Lunatic asylums Bombay report 1891-1903 - 1891-1903
Year: 1891
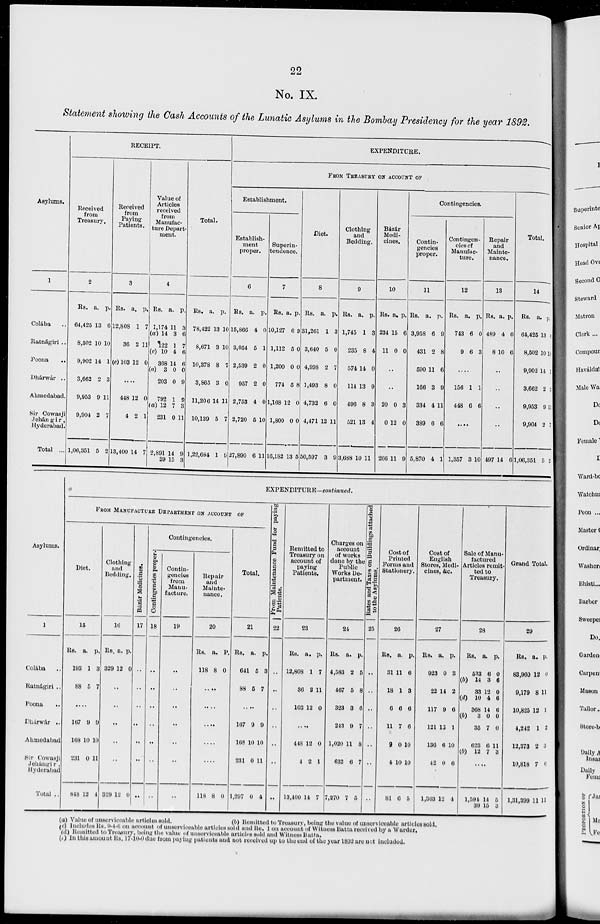
22
No. IX.
Statement showing the Cash Accounts of the Lunatic Asylums in the Bombay Presidency for the year 1892.
Asylums.
1
Colába ..
Ratnágiri ..
Poona
..
Dhárwár ..
Abmedabad.
Sir Cowasji
Jehángir,
Hyderabad.
Total ...
RECEIPT.
Received
from
Treasury.
2
Rs.
64,425
8,502
9,902
3,662
9,953
9,904
1,06,351
a.
13
10
14
2
9
2
5
p.
6
10
1
3
11
7
2
Received
from
Paying
Patients.
3
Rs.
12,808
36
(e) 103
a.
1
2
12
p.
7
11
0
....
448
4
13,400
12
2
14
0
1
7
Value of
Articles
received
from
Manufac-
ture Depart-
ment.
4
Rs.
1,174
(a) 14
122
(c) 10
368
(a) 3
203
792
(a) 12
231
2,891
39
a.
11
3
1
4
14
0
0
1
7
0
14
15
p.
3
6
7
6
6
0
9
9
3
11
9
3
Total.
Rs.
78,422
8,671
10,378
3,865
11,206
10,139
1,22,684
a.
13
3
8
3
14
5
1
p.
10
10
7
0
11
7
9
EXPENDITURE.
FROM TREASURY ON ACCOUNT OF
Establishment.
Establish-
ment
proper.
6
Rs.
15,866
3,054
2,539
957
2,753
2,720
27,890
a.
4
5
2
2
4
5
6
p.
0
1
0
0
0
10
11
Superin-
tendence.
7
Rs.
10,127
1,112
1,200
774
1,168
1,800
16,182
a.
6
5
0
5
12
0
13
p.
9
0
0
8
0
0
5
Diet.
8
Rs.
31,261
3,640
4,998
1,493
4,732
4,471
50,597
a.
1
5
2
8
6
12
3
p.
3
0
7
0
0
11
9
Clothing
and
Bedding.
9
Rs.
1,745
235
574
114
496
521
3,688
a.
1
8
14
13
8
13
10
p.
3
4
0
9
3
4
11
Bázár
Medi-
cines.
10
Rs.
234
11
a.
15
0
p.
6
0
..
..
20
0
266
0
12
11
3
0
9
Contingencies.
Contin-
gencies
proper.
11
Rs.
3,958
431
590
166
334
389
5,870
a.
6
2
11
3
4
6
4
p.
9
8
6
9
11
6
1
Contingen-
cies of
Manufac-
ture.
12
Rs.
743
9
a.
6
6
p.
0
3
....
156
448
1
6
1
6
....
1,357 3 10
Repair
and
Mainte-
nance.
13
Rs.
489
8
a.
4
10
p.
0
6
..
..
..
..
497 14 6
Total.
14
Rs.
64,425
8,502
9,902
3,662
9,953
9,904
1,06,351
a.
13
10
14
2
9
2
5
p.
6
10
1
3
11
7
2
Asylums.
1
Colába
..
Ratnágiri ..
Poona ..
Dhárwár ..
Ahmedabad
Sir Cowasji
Jehángir,
Hyderabad
Total ..
EXPENDITURE—continued.
FROM MANUFACTURE DEPARTMENT ON ACCOUNT OF
Diet.
15
Rs.
193
88
a.
1
5
p.
3
7
....
167
168
231
848
9
10
0
12
9
10
11
4
Clothing
and
Bedding.
16
Rs.
329
a.
12
p.
0
..
..
..
..
..
329 12 0
Bázár Medicines.
17
..
..
..
..
..
..
..
Contingencies.
Contingencies proper.
18
..
..
..
..
..
..
..
Contin-
gencies
from
Manu-
facture.
19
..
..
..
..
..
..
..
Repair
and
Mainte-
nance.
20
Rs.
118
a.
8
p.
0
....
....
....
....
....
118 8 0
Total.
21
Rs.
641
88
a.
5
5
p.
3
7
....
167
168
231
1,297
9
10
0
0
9
10
11
4
From Maintenance Fund for paying
Patients.
22
..
..
..
..
..
..
..
Remitted to
Treasury on
account of
paying
Patients.
23
Rs.
12,808
36
103
a.
1
2
12
p.
7
11
0
....
448
4
13,400
12
2
14
0
1
7
Charges on
account
of works
done by the
Public
Works De-
partment.
24
Rs.
4,583
467
323
243
1,020
632
7,270
a.
2
5
3
9
11
6
7
p.
5
8
6
7
8
7
5
Rates and Taxes on Buildings attached
to the Asylums.
25
..
..
..
..
..
..
..
Cost of
Printed
Forms and
Stationery.
26
Rs.
31
18
6
11
9
4
81
a.
11
1
6
7
0
10
6
p.
6
3
6
6
10
10
5
Cost of
English
Stores, Medi-
cines, &c.
27
Rs.
923
22
117
121
136
42
1,363
a.
0
14
9
13
6
0
12
p.
3
2
6
1
10
6
4
Sale of Manu-
factured
Articles remit-
ted to
Treasury.
28
Rs.
533
(b) 14
33
(d)
10
368
(b)
3
35
623
(b) 12
a.
6
3
12
4
14
0
7
6
7
p.
0
6
0
6
6
0
0
11
3
....
1,594
39
14
15
5
3
Grand Total.
29
Rs.
83,960
9,179
10,825
4,242
12,373
10,818
1,31,399
a.
12
8
12
1
2
7
11
p.
0
11
1
2
3
6
11
(a) Value of unserviceable articles sold.
(b) Remitted to Treasury, being the value of unserviceable articles sold.
(c) Includes Rs. 9-4-6 on account of unserviceable articles sold and Re. 1 on account of Witness Batta received by a Warder.
(d) Remitted to Treasury, being the value of unserviceable articles sold and Witness Batta.
(e) In this amount Rs. 17-10-0 due from paying patients and not received up to the end of the year 1892 are not included.